Annual administration and progress report of the Indian Medical Department, Bombay
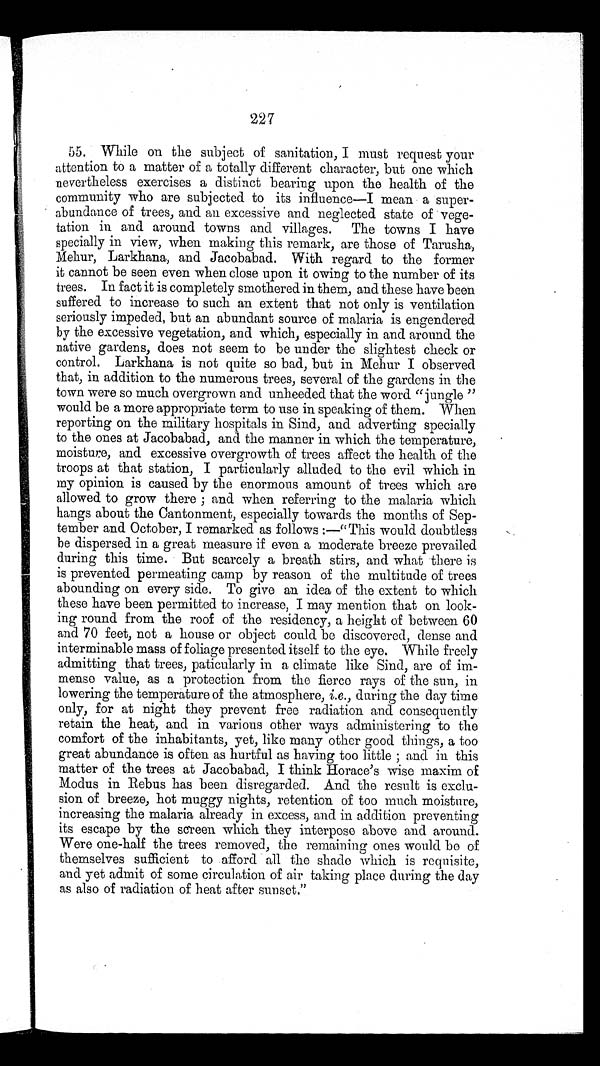
227
55. While on the subject of sanitation, I must request your
attention to a matter of a totally different character, but one which
nevertheless exercises a distinct bearing upon the health of the
community who are subjected to its influence—I mean a super-
abundance of trees, and an excessive and neglected state of vege-
tation in and around towns and villages. The towns I have
specially in view, when making this remark, are those of Tarusha,
Mehur, Larkhana, and Jacobabad. With regard to the former
it cannot be seen even when close upon it owing to the number of its
trees. In fact it is completely smothered in them, and these have been
suffered to increase to such an extent that not only is ventilation
seriously impeded, but an abundant source of malaria is engendered
by the excessive vegetation, and which, especially in and around the
native gardens, does not seem to be under the slightest check or
control. Larkhana is not quite so bad, but in Mehur I observed
that, in addition to the numerous trees, several of the gardens in the
town were so much overgrown and unheeded that the word “jungle ”
would be a more appropriate term to use in speaking of them. When
reporting on the military hospitals in Sind, and adverting specially
to the ones at Jacobabad, and the manner in which the temperature,
moisture, and excessive overgrowth of trees affect the health of the
troops at that station, I particularly alluded to the evil which in
my opinion is caused by the enormous amount of trees which are
allowed to grow there ; and when referring to the malaria which
hangs about the Cantonment, especially towards the months of Sep-
tember and October, I remarked as follows :—“ This would doubtless
be dispersed in a great measure if even a moderate breeze prevailed
during this time. But scarcely a breath stirs, and what there is
is prevented permeating camp by reason of the multitude of trees
abounding on every side. To give an idea of the extent to which
these have been permitted to increase, I may mention that on look-
ing round from the roof of the residency, a height of between 6O
and 70 feet, not a house or object could be discovered, dense and
interminable mass of foliage presented itself to the eye. While freely
admitting that trees, paticularly in a climate like Sind, are of im-
mense value, as a protection from the fierce rays of the sun, in
lowering the temperature of the atmosphere, i.e ., during the day time
only, for at night they prevent free radiation and consequently
retain the heat, and in various other ways administering to the
comfort of the inhabitants, yet, like many other good things, a too
great abundance is often as hurtful as having too little ; and in this
matter of the trees at Jacobabad, I think Horace’s wise maxim of
Modus in Rebus has been disregarded. And the result is exclu-
sion of breeze, hot muggy nights, retention of too much moisture,
increasing the malaria already in excess, and in addition preventing
its escape by the screen which they interpose above and around.
Were one-half the trees removed, the remaining ones would be of
themselves sufficient to afford all the shade which is requisite,
and yet admit of some circulation of air taking place during the day
as also of radiation of heat after sunset.”